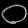
Digit: ၀